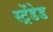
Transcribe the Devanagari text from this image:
स्ट्रेंडेड